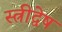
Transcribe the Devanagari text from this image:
स्त्रीद्वेष